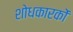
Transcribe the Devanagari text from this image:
शोधकारकों